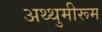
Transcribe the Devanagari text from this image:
अथ्थुमीरूम